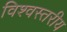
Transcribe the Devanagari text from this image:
विश्‍वस्तरीय